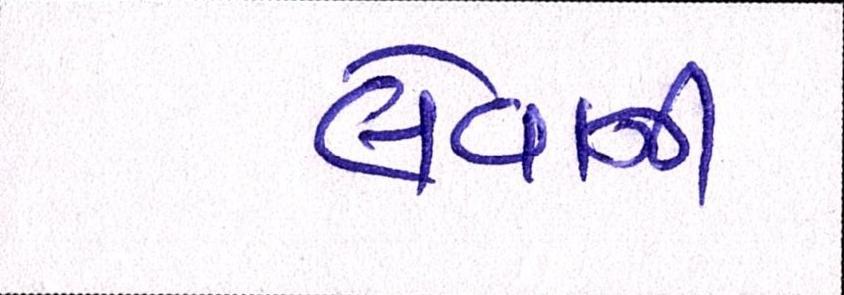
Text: લેવાની